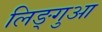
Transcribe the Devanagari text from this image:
लिङ्गुआ